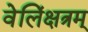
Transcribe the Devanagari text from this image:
वेलिंक्षत्रम्